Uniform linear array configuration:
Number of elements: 16
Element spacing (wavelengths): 1
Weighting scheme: hamming
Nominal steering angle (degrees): -15
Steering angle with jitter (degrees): -16.325
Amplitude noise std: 0.05
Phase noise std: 0.05

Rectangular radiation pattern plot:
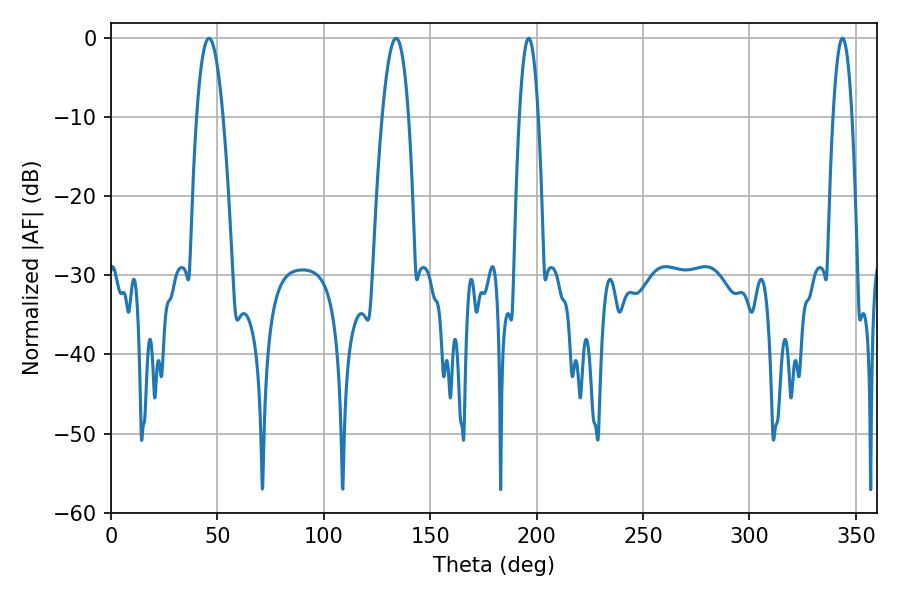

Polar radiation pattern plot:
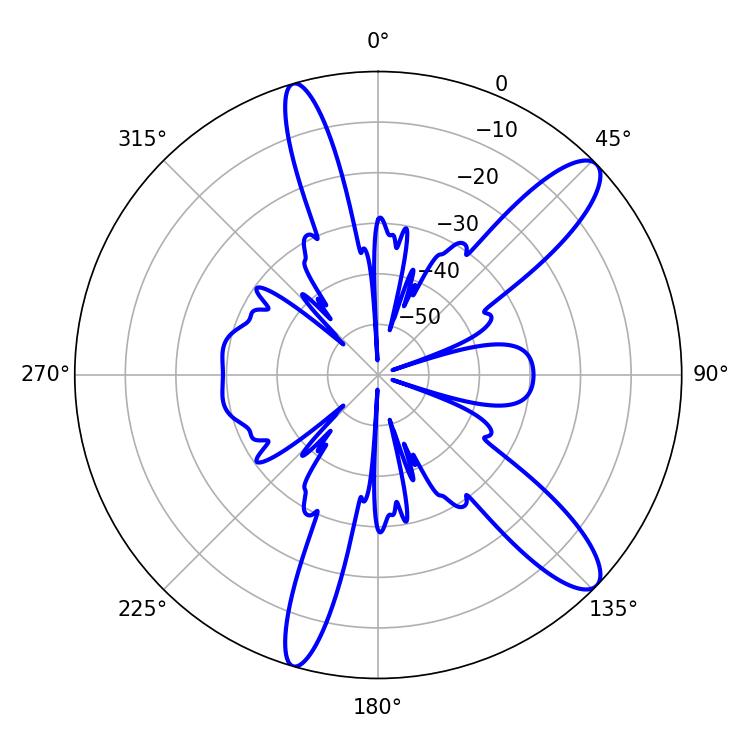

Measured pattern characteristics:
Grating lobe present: TRUE
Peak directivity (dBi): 11.766
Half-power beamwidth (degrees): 6.84
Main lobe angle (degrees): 133.92